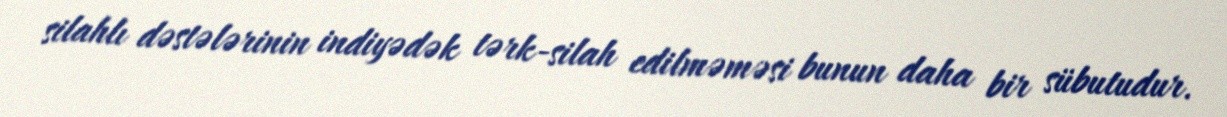
silahlı dəstələrinin indiyədək tərk-silah edilməməsi bunun daha bir sübutudur.